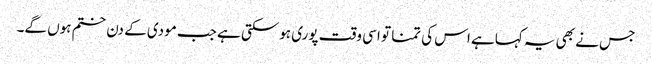
جس نے بھی یہ کہاہے اس کی تمنا تو اسی وقت پوری ہوسکتی ہے جب مودی کے دن ختم ہوں گے۔